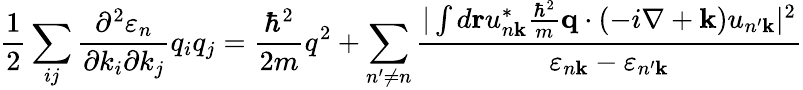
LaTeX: {\frac{1}{2}}\sum_{ij}{\frac{\partial^{2}\varepsilon_{n}}{\partial k_{i}\partial k_{j}}}q_{i}q_{j}={\frac{\hbar^{2}}{2m}}q^{2}+\sum_{n^{\prime}\neq n}{\frac{|\int d\mathbf{r}u_{n\mathbf{k}}^{*}{\frac{\hbar^{2}}{m}}\mathbf{q}\cdot(-i\nabla+\mathbf{k})u_{n^{\prime}\mathbf{k}}|^{2}}{\varepsilon_{n\mathbf{k}}-\varepsilon_{n^{\prime}\mathbf{k}}}}